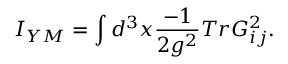
I _ { Y M } = \int d ^ { 3 } x \frac { - 1 } { 2 g ^ { 2 } } T r G _ { i j } ^ { 2 } .